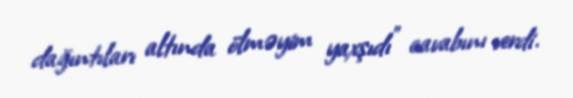
dağıntıları altında ölməyim yaxşıdı" cavabını verdi.